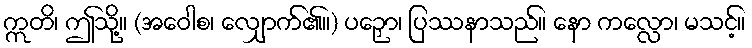
ဣတိ၊ ဤသို့။ (အဝေါစ၊ လျှောက်၏။) ပဉှော၊ ပြဿနာသည်။ နော ကလ္လော၊ မသင့်။